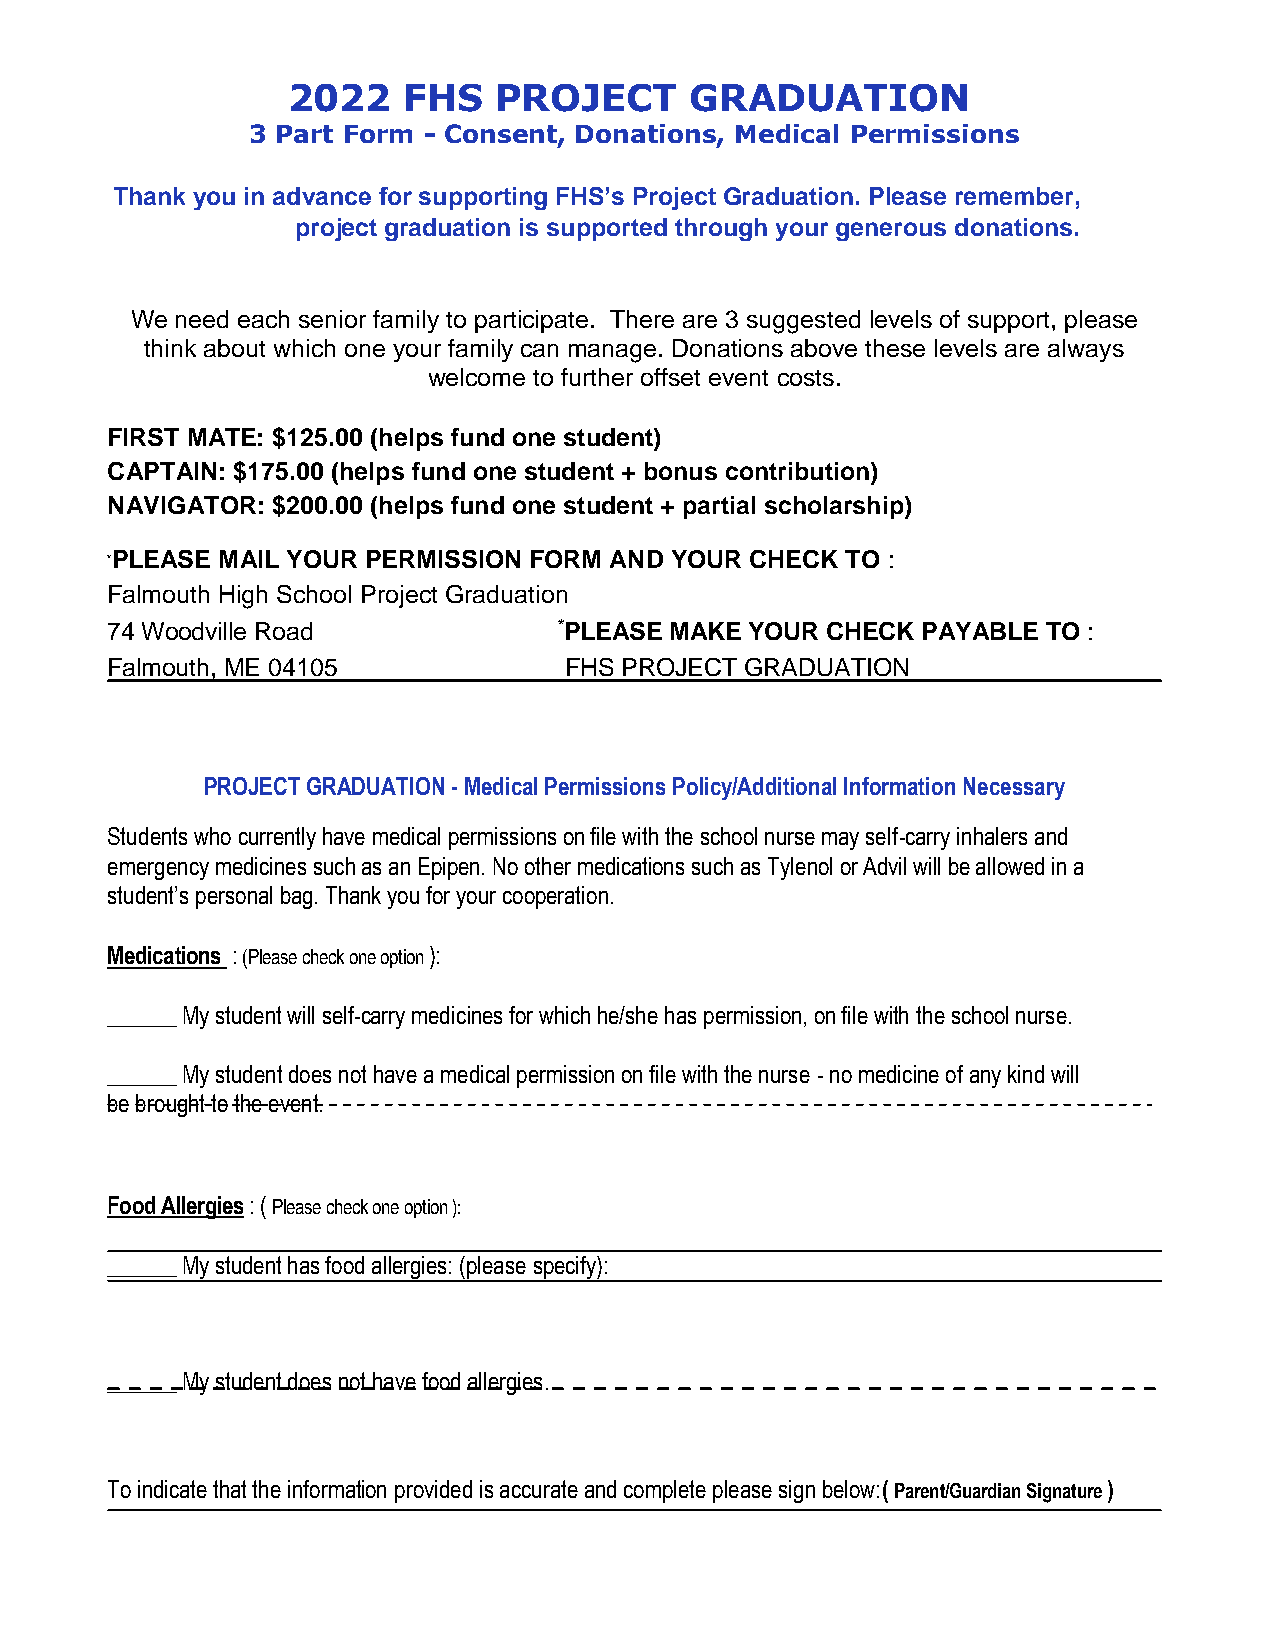
2022    FHS   PROJECT      GRADUATION
 3 Part Form - Consent, Donations, Medical Permissions
 Thank you in advance for supporting FHS’s Project Graduation. Please remember,
 project graduation is supported through your generous donations.
 We need each senior family to participate. There are 3 suggested levels of support, please
 think about which one your family can manage. Donations above these levels are always
 welcome to further offset event costs.
 FIRST MATE: $125.00 (helps fund one student)
 CAPTAIN: $175.00 (helps fund one student + bonus contribution)
 NAVIGATOR: $200.00 (helps fund one student + partial scholarship)
 *PLEASE MAIL YOUR PERMISSION FORM AND YOUR CHECK TO :
 Falmouth High School Project Graduation
 74 Woodville Road             *PLEASE MAKE YOUR CHECK PAYABLE TO :
 Falmouth, ME 04105            FHS PROJECT GRADUATION
 PROJECT GRADUATION - Medical Permissions Policy/Additional Information Necessary
 Students who currently have medical permissions on file with the school nurse may self-carry inhalers and
 emergency medicines such as an Epipen. No other medications such as Tylenol or Advil will be allowed in a
 student’s personal bag. Thank you for your cooperation.
 Medications : (Please check one option ):
 ______ My student will self-carry medicines for which he/she has permission, on file with the school nurse.
 ______ My student does not have a medical permission on file with the nurse - no medicine of any kind will
 be brought to the event.
 Food Allergies : ( Please check one option ):
 ______ My student has food allergies: (please specify):
 ______ My student does not have food allergies.
 To indicate that the information provided is accurate and complete please sign below:( Parent/Guardian Signature )